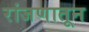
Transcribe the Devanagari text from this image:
रांजणातून